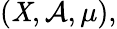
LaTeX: (\mathit{X},{\mathcal{{A}}},\mu),